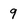
Character: 9